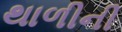
થાળીની